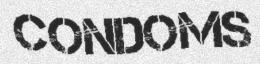
CONDOMS